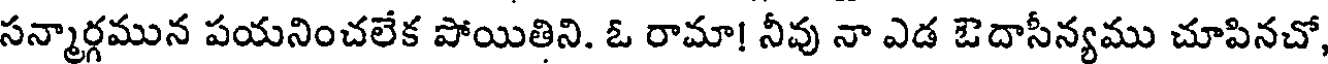
సన్మార్గమున పయనించలేక పోయితిని. ఓ రామా! నీవు నా ఎడ ఔదాసీన్యము చూపినచో